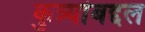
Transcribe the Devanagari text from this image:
कुत्र्यांबद्दल